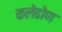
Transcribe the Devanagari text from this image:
कलेढोण